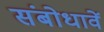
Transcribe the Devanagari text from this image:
संबोधावें